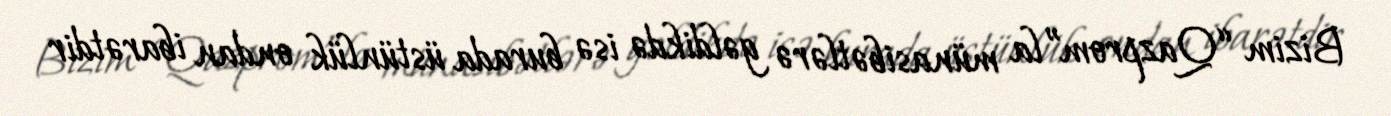
Bizim “Qazprom”la münasibətlərə gəldikdə isə burada üstünlük ondan ibarətdir